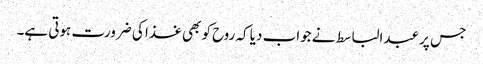
جس پر عبدالباسط نے جواب دیا کہ روح کو بھی غذا کی ضرورت ہوتی ہے۔